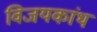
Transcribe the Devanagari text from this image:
विजयकांथ